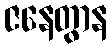
ဇနေတွာန